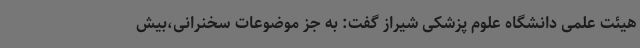
هیئت علمی دانشگاه علوم پزشکی شیراز گفت: به جز موضوعات سخنرانی،بیش